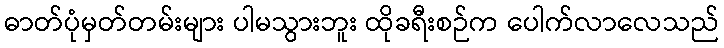
ဓာတ်ပုံမှတ်တမ်းများ ပါမသွားဘူး ထိုခရီးစဉ်က ပေါက်လာလေသည်